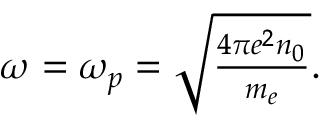
\begin{array} { r } { \omega = \omega _ { p } = \sqrt { \frac { 4 \pi e ^ { 2 } n _ { 0 } } { m _ { e } } } . } \end{array}